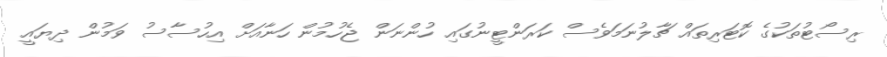
ރިސޯޓުތަކުގެ ކޮޓަރިތައް ޗާލުނަމަވެސް ކަރަންޓީނުގައި ހުންނަން ޖެހުމުން ހަނާއަށް އިހުސާސު ވަމުން ދިޔައީ